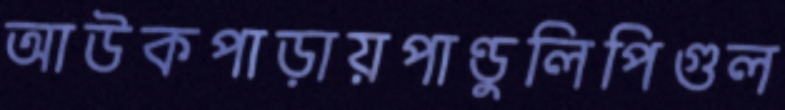
আউকপাড়ায়পাণ্ডুলিপিগুল